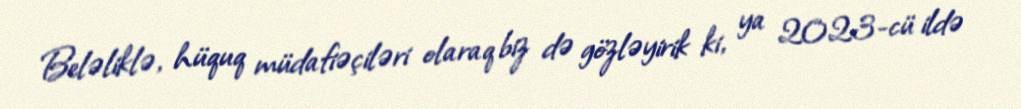
Beləliklə, hüquq müdafiəçiləri olaraq biz də gözləyirik ki, ya 2023-cü ildə